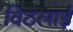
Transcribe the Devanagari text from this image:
विठलाई